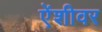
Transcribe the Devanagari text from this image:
ऐंशीवर